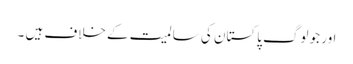
اور جو لوگ پاکستان کی سالمیت کے خلاف ہیں ۔